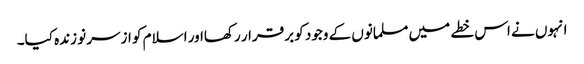
انہوں نے اس خطے میں مسلمانوں کے وجود کو برقرار رکھااور اسلام کو ازسر نو زندہ کیا۔